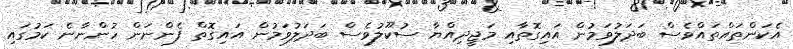
އެކަންތައްތައްވެސް ބަދަލުވަމުން އައިގޮތާއި މަޖީދިއްޔާ ސުކޫލުވެސް ބަދަލުވަމުން އައިގޮތް ފެންނަން ހުންނާނެ ކަމުގައި